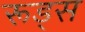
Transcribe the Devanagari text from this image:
रूड्स